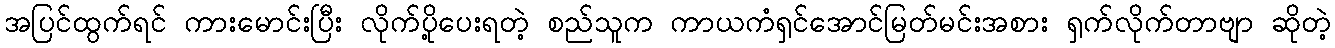
အပြင်ထွက်ရင် ကားမောင်းပြီး လိုက်ပို့ပေးရတဲ့ စည်သူက ကာယကံရှင်အောင်မြတ်မင်းအစား ရှက်လိုက်တာဗျာ ဆိုတဲ့